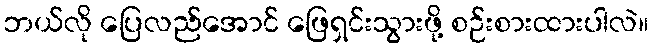
ဘယ်လို ပြေလည်အောင် ဖြေရှင်းသွားဖို့ စဉ်းစားထားပါလဲ။